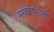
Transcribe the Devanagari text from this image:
मयालभाजी